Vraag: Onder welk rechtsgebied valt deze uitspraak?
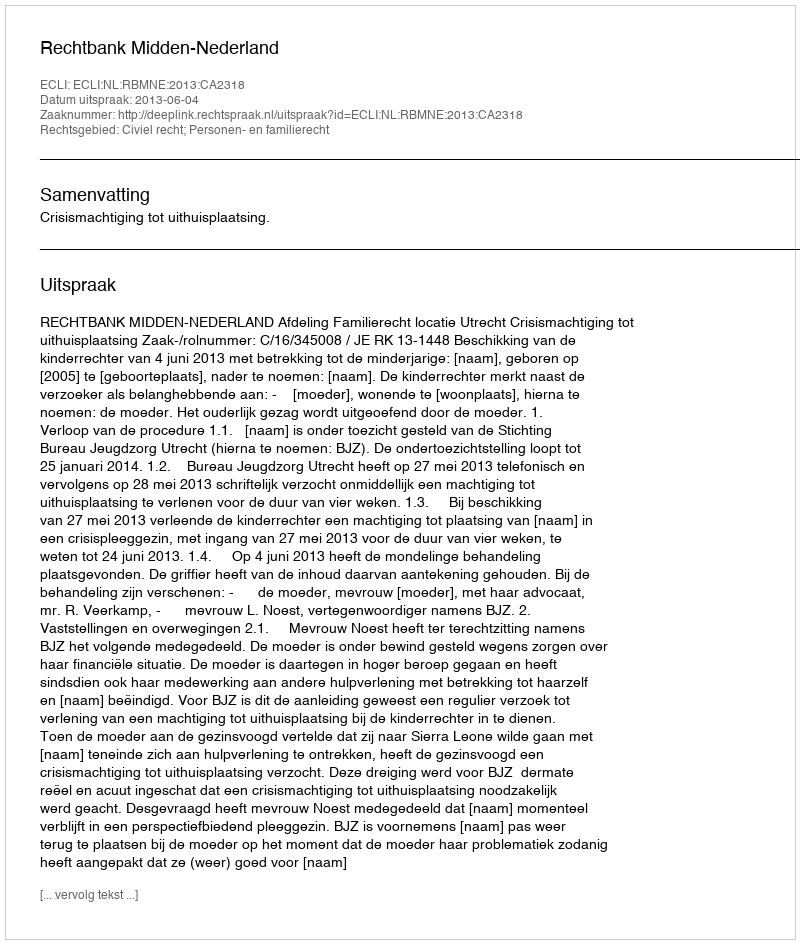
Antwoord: Civiel recht; Personen- en familierecht